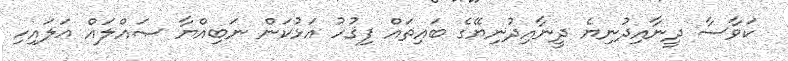
ކަވާސާ ދީނާއިދުނިޔެ ދީނާއިދުނިޔޭގެ ބައިތައް ފިޤުހު އަޅުކަން ނަބިއްޔާ ޞައްލައް ޢަލައިހި